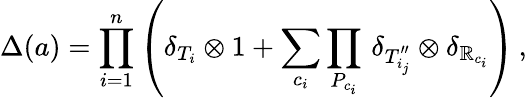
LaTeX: \Delta(a)=\prod_{i=1}^{n}\left(\delta_{T_{i}}\otimes1+\sum_{c_{i}}\prod_{P_{c_{i}}}\, \delta_{T_{i_{j}}^{\prime\prime}}\otimes\delta_{\mathbb{R}_{c_{i}}}\right)\, ,